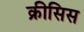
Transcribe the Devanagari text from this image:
क्रीसिस